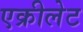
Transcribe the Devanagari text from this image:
एक्रीलेट